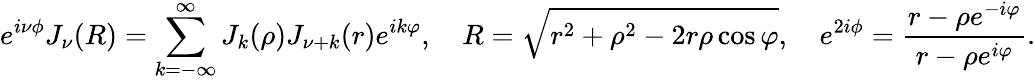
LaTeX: e^{i\nu\phi}J_{\nu}(R)=\sum_{k=-\infty}^{\infty}J_{k}(\rho)J_{\nu+k}(r)e^{ik\varphi},\quad R=\sqrt{r^{2}+\rho^{2}-2r\rho\cos\varphi},\quad e^{2i\phi}=\frac{r-\rho e^{-i\varphi}}{r-\rho e^{i\varphi}}.